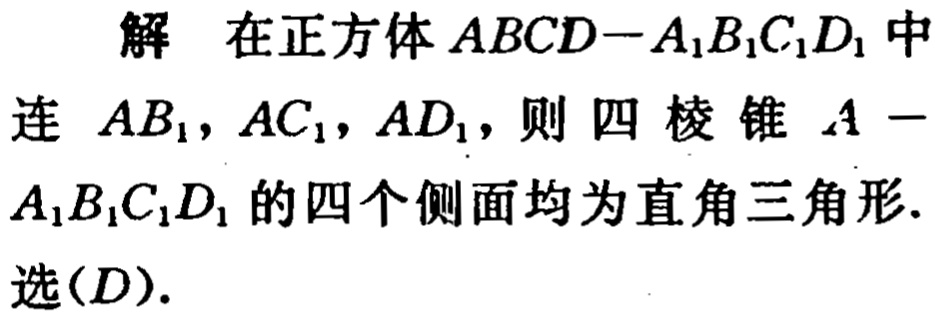
解 在正方体 \(ABCD - A_{1}B_{1}C_{1}D_{1}\) 中
连 \(AB_{1},AC_{1},AD_{1}\)，则四棱锥 \(A -\)
\(A_{1}B_{1}C_{1}D_{1}\) 的四个侧面均为直角三角形.
选\((D)\).